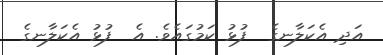
އަދި އެކަލާނގެ  ފުޅު ކަމުގައެވެ. އެ  ފުޅު އެކަލާނގެ